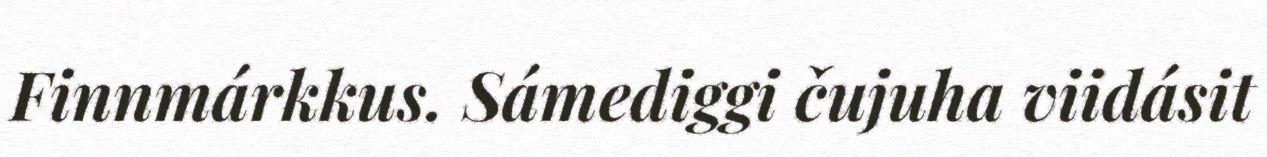
Finnmárkkus. Sámediggi čujuha viidásit